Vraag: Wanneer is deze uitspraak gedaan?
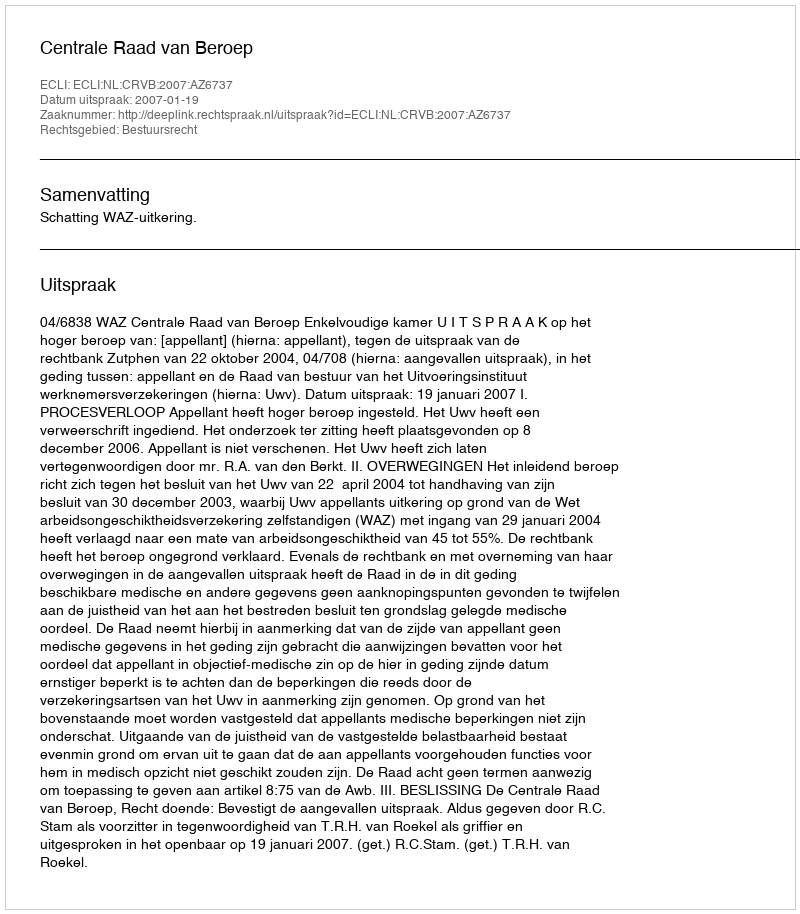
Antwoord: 2007-01-19